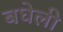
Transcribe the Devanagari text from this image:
बधेली